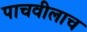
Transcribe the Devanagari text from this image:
पाचवीलाच